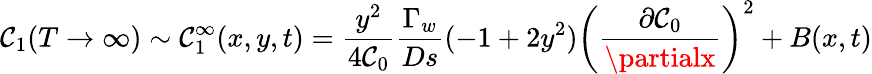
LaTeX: \mathcal{C}_{1}(T\rightarrow\infty)\sim\mathcal{C}_{1}^{\infty}(x,y,t)=\frac{{y^{2}}}{{4\mathcal{C}_{0}}}\frac{{\Gamma_{w}}}{{Ds}}(-1+2y^{2})\left(\frac{{\partial\mathcal{C}_{0}}}{{\partialx}}\right)^{2}+B(x,t)